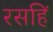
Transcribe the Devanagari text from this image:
रसहिं